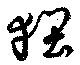
狴